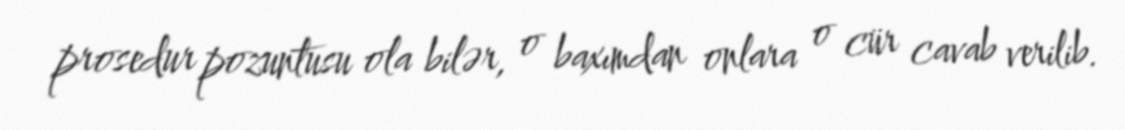
prosedur pozuntusu ola bilər, o baxımdan onlara o cür cavab verilib.